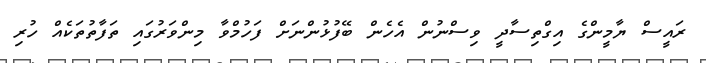
ރައީސް ޔާމީންގެ އިގްތިސާދީ ވިސްނުން އެހެން ބޭފުޅުންނަށް ފަހުމްވާ މިންވަރުގައި ތަފާތުތަކެއް ހުރި